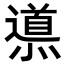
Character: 𨗳